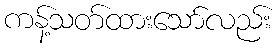
ကန့်သတ်ထားသော်လည်း